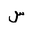
Letter: _sin